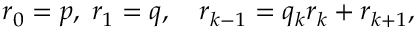
r _ { 0 } = p , \; r _ { 1 } = q , \quad r _ { k - 1 } = q _ { k } r _ { k } + r _ { k + 1 } ,